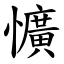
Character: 懭